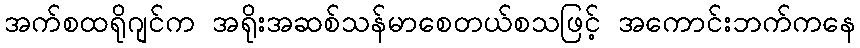
အက်စထရိုဂျင်က အရိုးအဆစ်သန်မာစေတယ်စသဖြင့် အကောင်းဘက်ကနေ